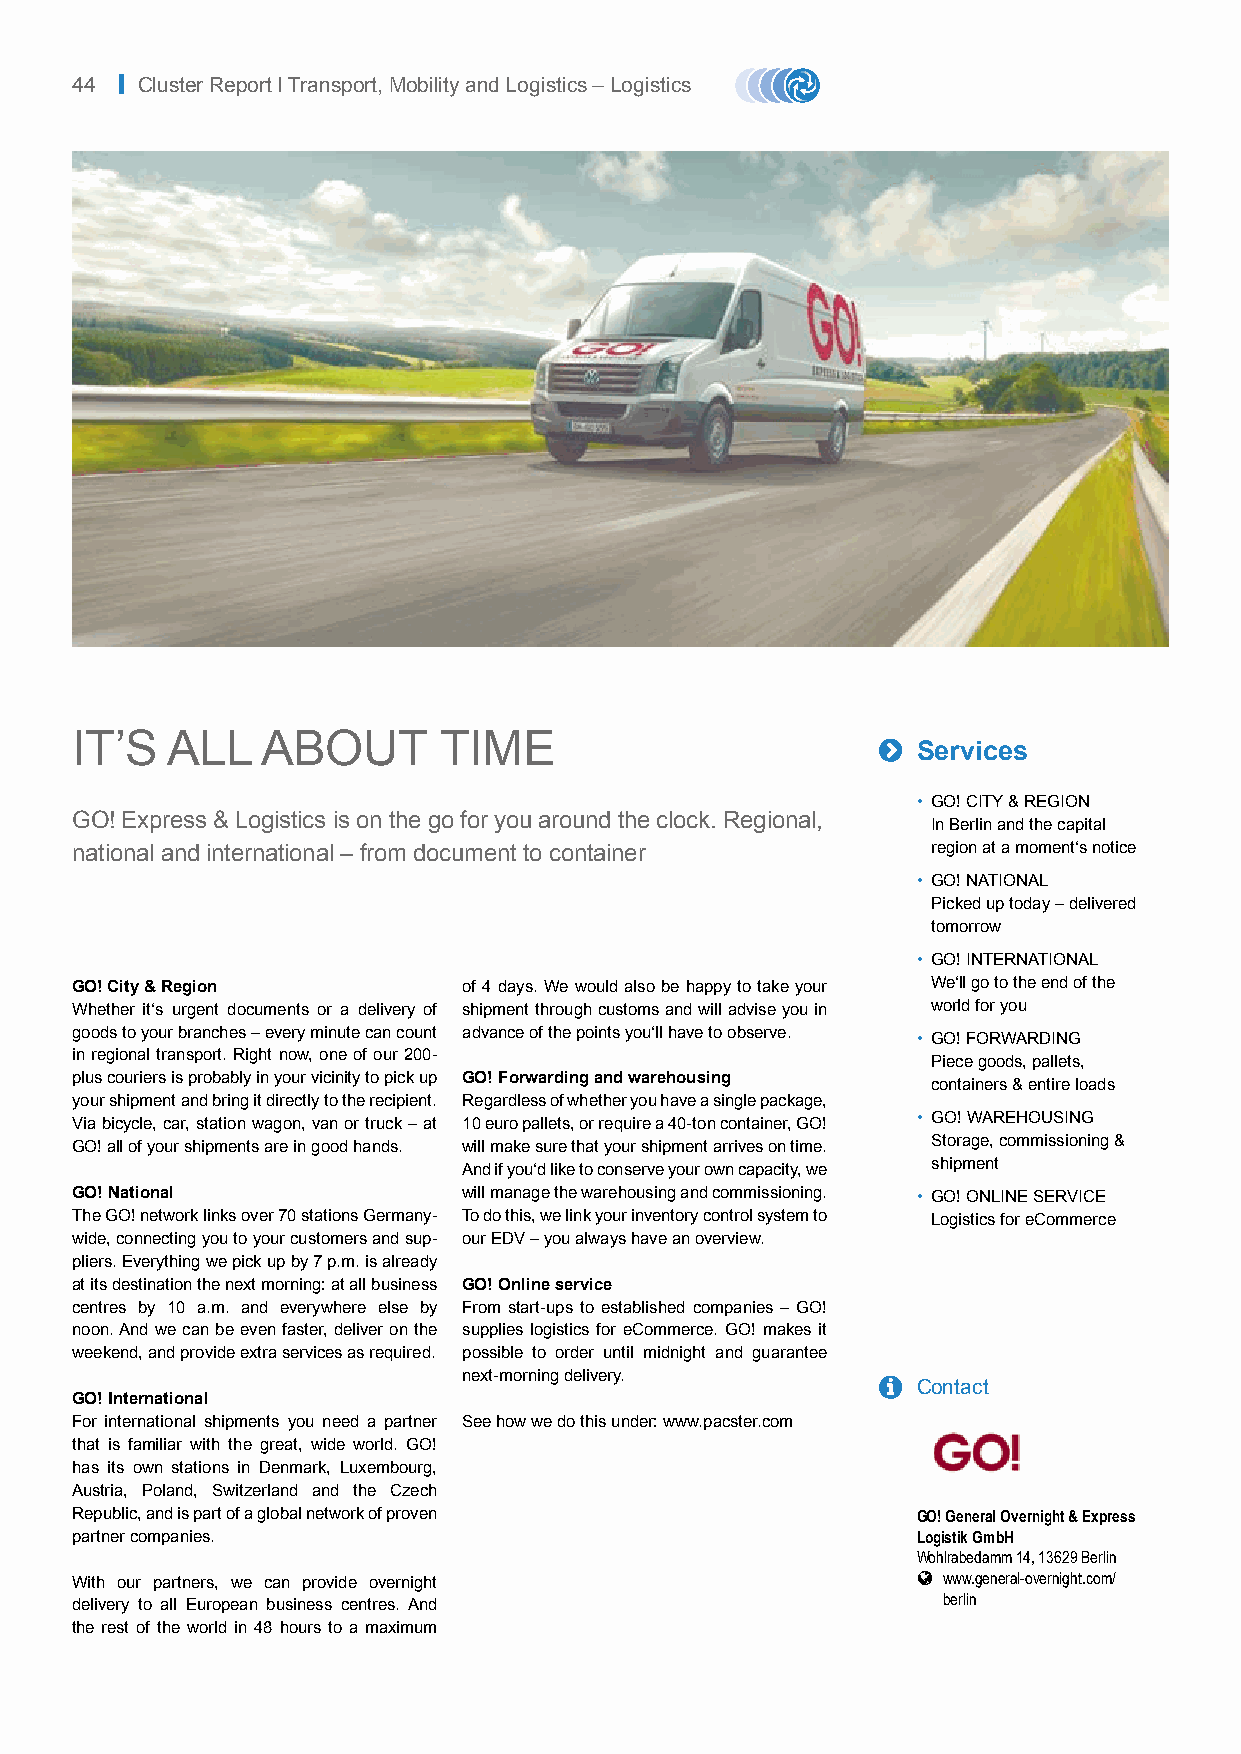
44 | Cluster Report I Transport, Mobility and Logistics – Logistics
 IT’S  ALL   ABOUT       TIME                         
 Services
 • GO! CITY & REGION
 GO! Express & Logistics is on the go for you around the clock. Regional,
 In Berlin and the capital
 national and international – from document to container  region at a moment‘s notice
 • GO! NATIONAL
 Picked up today – delivered
 tomorrow
 • GO! INTERNATIONAL
 GO! City & Region         of 4 days. We would also be happy to take your We‘ll go to the end of the
 Whether it‘s urgent documents or a delivery of shipment through customs and will advise you in world for you
 goods to your branches – every minute can count advance of the points you‘ll have to observe.
 • GO! FORWARDING
 in regional transport. Right now, one of our 200-
 Piece goods, pallets,
 plus couriers is probably in your vicinity to pick up GO! Forwarding and warehousing containers & entire loads
 your shipment and bring it directly to the recipient. Regardless of whether you have a single package,
 Via bicycle, car, station wagon, van or truck – at 10 euro pallets, or require a 40-ton container, GO! • GO! WAREHOUSING
 GO! all of your shipments are in good hands. will make sure that your shipment arrives on time. Storage, commissioning &
 And if you‘d like to conserve your own capacity, we shipment
 GO! National              will manage the warehousing and commissioning. • GO! ONLINE SERVICE
 The GO! network links over 70 stations Germany- To do this, we link your inventory control system to Logistics for eCommerce
 wide, connecting you to your customers and sup- our EDV – you always have an overview.
 pliers. Everything we pick up by 7 p.m. is already
 at its destination the next morning: at all business GO! Online service
 centres by 10 a.m. and everywhere else by From start-ups to established companies – GO!
 noon. And we can be even faster, deliver on the supplies logistics for eCommerce. GO! makes it
 weekend, and provide extra services as required. possible to order until midnight and guarantee
 next-morning delivery.       Contact
 GO! International
 For international shipments you need a partner See how we do this under: www.pacster.com
 that is familiar with the great, wide world. GO!
 has its own stations in Denmark, Luxembourg,
 Austria, Poland, Switzerland and the Czech
 Republic, and is part of a global network of proven     GO! General Overnight & Express
 partner companies.                                      Logistik GmbH
 Wohlrabedamm 14, 13629 Berlin
 With our partners, we can provide overnight              www.general-overnight.com/
 berlin
 delivery to all European business centres. And
 the rest of the world in 48 hours to a maximum